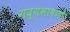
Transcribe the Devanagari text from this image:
गद्यभाषणों